Vaccination in Bombay 1902-1912 - 1902-1912
Year: 1902
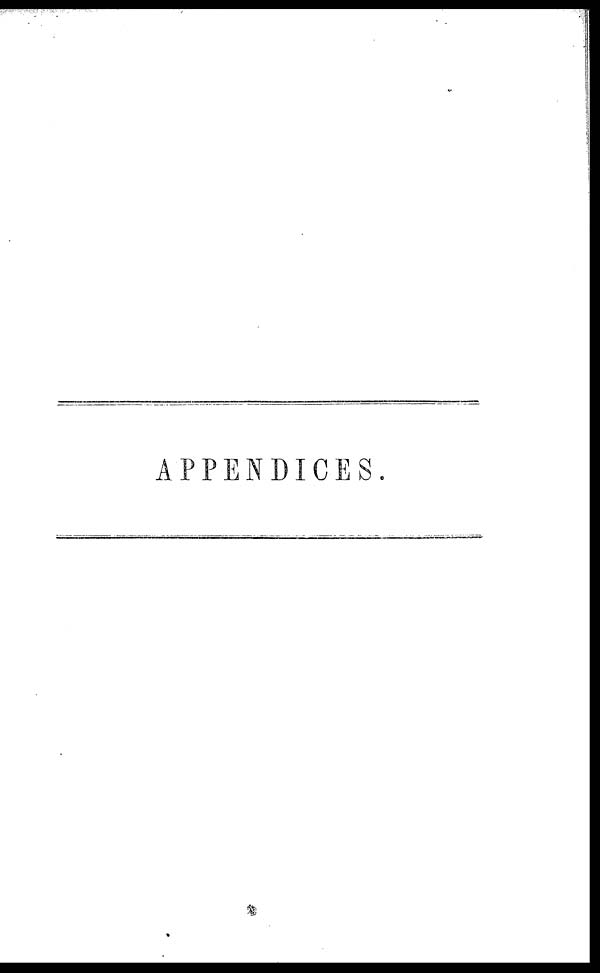
APPENDICES.